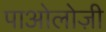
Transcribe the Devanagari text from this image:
पाओलोज़ी